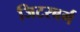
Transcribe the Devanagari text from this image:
जिटरबर्ग